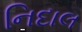
નિદાલ